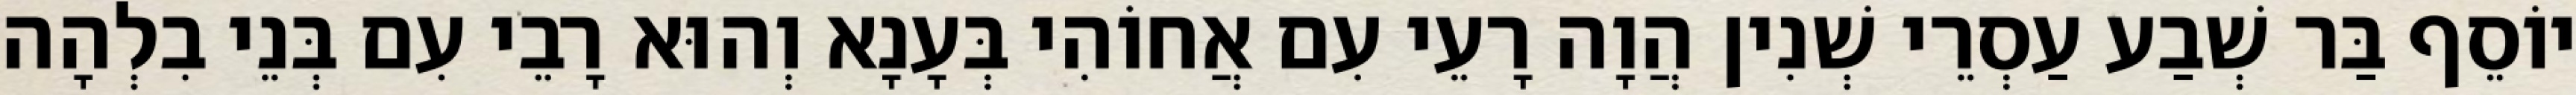
יוֹסֵף בַּר שְׁבַע עַסְרֵי שְׁנִין הֲוָה רָעֵי עִם אֲחוֹהִי בְּעָנָא וְהוּא רָבֵי עִם בְּנֵי בִלְהָה